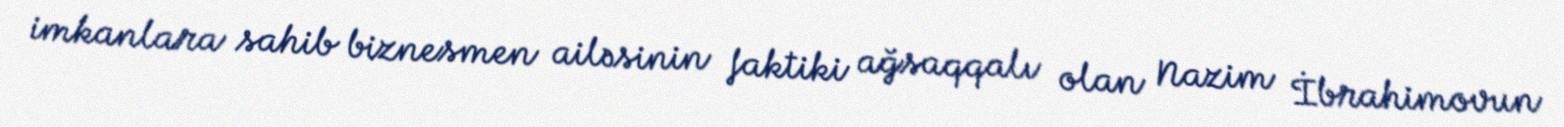
imkanlara sahib biznesmen ailəsinin faktiki ağsaqqalı olan Nazim İbrahimovun